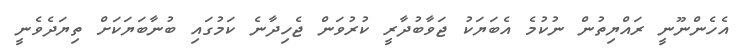
އެހެންނޫނީ ރައްޔިތުން ނުކުމެ އެބަޔަކު ޖަވާބުދާރީ ކުރުވަން ޖެހިދާނެ ކަމުގައި ބުނާބަޔަކަށް ތިޔަދެވެނީ